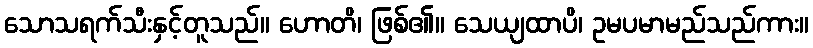
သောသရက်သီးနှင့်တူသည်။ ဟောတိ၊ ဖြစ်၏။ သေယျထာပိ၊ ဥမပမာမည်သည်ကား။